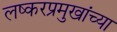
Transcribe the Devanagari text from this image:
लष्करप्रमुखांच्या